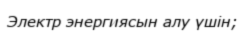
Электр энергиясын алу үшін;